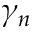
\gamma _ { n }